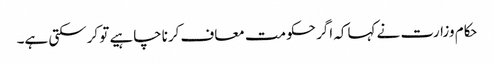
حکام وزارت نے کہاکہ اگر حکومت معاف کرناچاہیے تو کرسکتی ہے۔